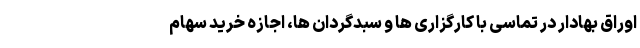
اوراق بهادار در تماسی با کارگزاری ها و سبدگردان ها، اجازه خرید سهام